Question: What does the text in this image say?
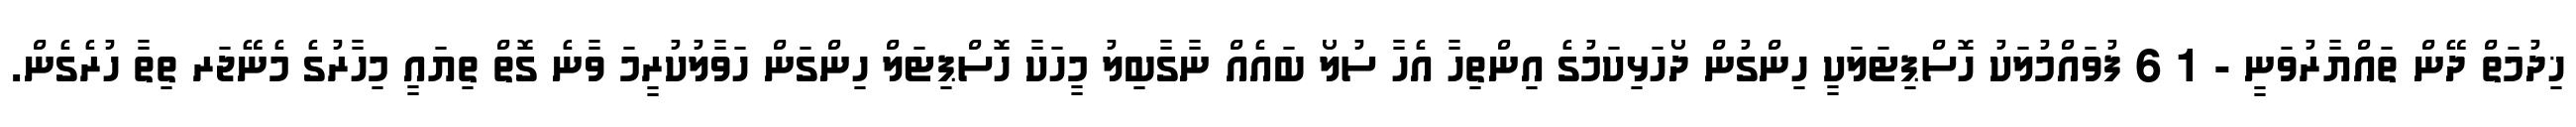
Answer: ޚިދުމަތް ދޭން ތައްޔާރުވަނީ - 1 6 ފުވައްމުލަކު ހޮސްޕިޓަލަކީ ހިންގުން ދޯހަޅިކަމުގެ އިންތިހާ އެހާ ސުލޯ ބައެއް ނާގާބިލު މީހަކާ ހޮސްޕިޓަލް ހިންގަން ހަވާލުކުރީމަ ވާނެ ގޮތް ތިޔައީ މިހާރުގެ މެނޭޖަރ ތިތާ ހުރެގެން.